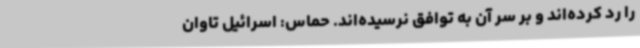
را رد کرده‌اند و بر سر آن به توافق نرسیده‌اند. حماس: اسرائیل تاوان